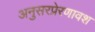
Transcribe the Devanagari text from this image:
अनुसरप्रेरणावश